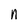
Character: n